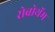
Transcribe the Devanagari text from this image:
रोब्रोथॅम